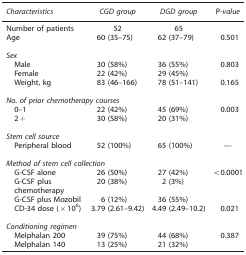
<table><thead><tr><td><b><i>Characteristics</i></b></td><td><b><i>CGD group</i></b></td><td><b><i>DGD group</i></b></td><td><b>P-<i>value</i></b></td></tr></thead><tbody><tr><td>Number of patients</td><td>52</td><td>65</td><td> </td></tr><tr><td>Age</td><td>60 (35–75)</td><td>62 (37–79)</td><td>0.501</td></tr><tr><td> </td><td> </td><td> </td><td> </td></tr><tr><td colspan="4"><i>Sex</i></td></tr><tr><td> Male</td><td>30 (58%)</td><td>36 (55%)</td><td>0.803</td></tr><tr><td> Female</td><td>22 (42%)</td><td>29 (45%)</td><td> </td></tr><tr><td> Weight, kg</td><td>83 (46–166)</td><td>78 (51–141)</td><td>0.165</td></tr><tr><td> </td><td> </td><td> </td><td> </td></tr><tr><td colspan="4"><i>No. of prior chemotherapy courses</i></td></tr><tr><td> 0–1</td><td>22 (42%)</td><td>45 (69%)</td><td>0.003</td></tr><tr><td> 2+</td><td>30 (58%)</td><td>20 (31%)</td><td> </td></tr><tr><td> </td><td> </td><td> </td><td> </td></tr><tr><td colspan="4"><i>Stem cell source</i></td></tr><tr><td> Peripheral blood</td><td>52 (100%)</td><td>65 (100%)</td><td>—</td></tr><tr><td> </td><td> </td><td> </td><td> </td></tr><tr><td colspan="4"><i>Method of stem cell collection</i></td></tr><tr><td> G-CSF alone</td><td>26 (50%)</td><td>27 (42%)</td><td>&lt;0.0001</td></tr><tr><td> G-CSF plus chemotherapy</td><td>20 (38%)</td><td>2 (3%)</td><td> </td></tr><tr><td> G-CSF plus Mozobil</td><td>6 (12%)</td><td>36 (55%)</td><td> </td></tr><tr><td> CD-34 dose ( × 10<sup>6</sup>)</td><td>3.79 (2.61–9.42)</td><td>4.49 (2.49–10.2)</td><td>0.021</td></tr><tr><td> </td><td> </td><td> </td><td> </td></tr><tr><td colspan="4"><i>Conditioning regimen</i></td></tr><tr><td> Melphalan 200</td><td>39 (75%)</td><td>44 (68%)</td><td>0.387</td></tr><tr><td> Melphalan 140</td><td>13 (25%)</td><td>21 (32%)</td><td> </td></tr></tbody></table>